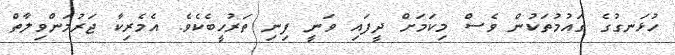
ހުޅަނގުގެ ގައުމުތަކުން ވެސް މިކަމަށް ދީފައި ވަނީ ފިނި ތަރުހީބެކެވެ. އެމެރިކާ ޖަރުމަންވިލާތް